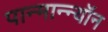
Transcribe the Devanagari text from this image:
पान्मान्न्यॉन